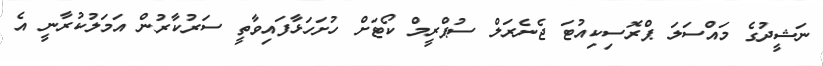
ނަޝީދުގެ މައްސަލަ ޕްރޮސިކިއުޓަ ޖެނެރަލް ސުޕްރީމް ކޯޓަށް ހުށަހަޅާފައިވާތީ ސަރުކާރުން އަމަލުކުރާނީ އެ